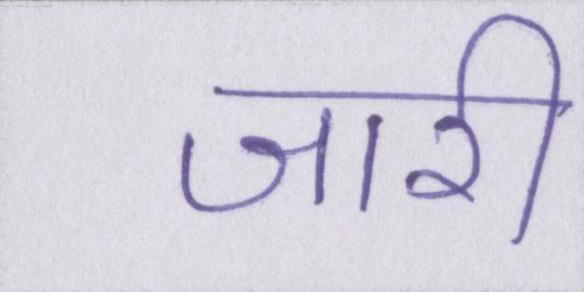
जारी